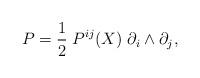
LaTeX: \begin{align*}P=\frac{1}{2}\;P^{ij}(X)\;\partial_i\wedge \partial_j,\end{align*}